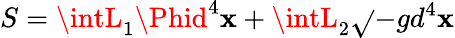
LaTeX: S=\intL_{1}\Phid^{4}\mathbf{x}+\intL_{2}\sqrt{}{{-g}}d^{4}\mathbf{x}